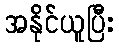
အနိုင်ယူပြီး